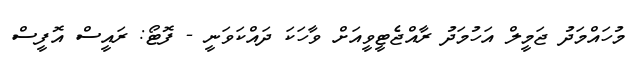
މުހައްމަދު ޖަމީލް އަހުމަދު ރާއްޖެޓީވީއަށް ވާހަކަ ދައްކަވަނީ - ފޮޓޯ: ރައީސް އޮފީސް